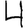
Digit: 4